Vaccination in the Punjab 1883-1896 - 1883-1896
Year: 1883
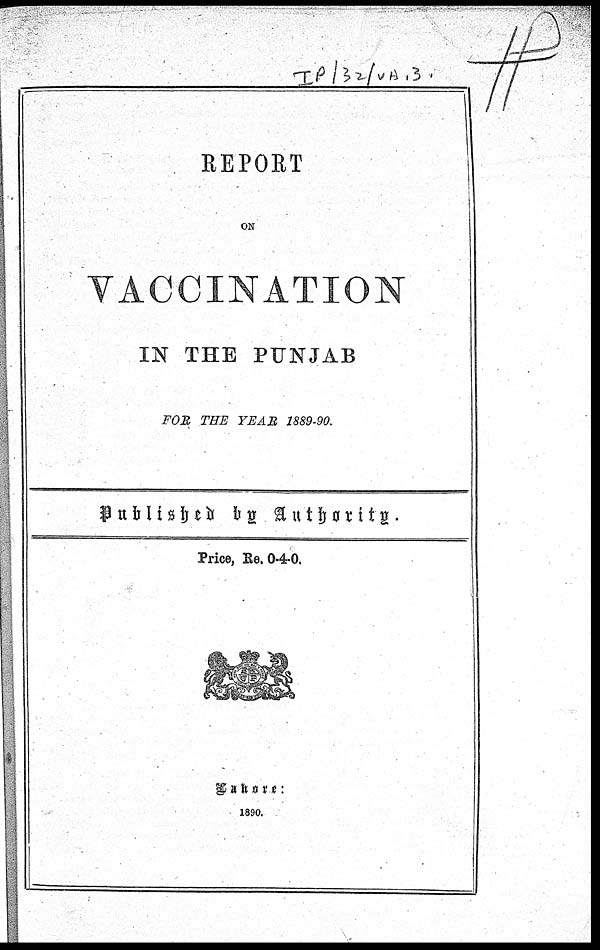
REPORT
ON
VACCINATION
IN THE PUNJAB
FOR THE YEAR 1889-90.
Published by Authority.
Price, Re. 0-4-0.
Lahore :
1890.